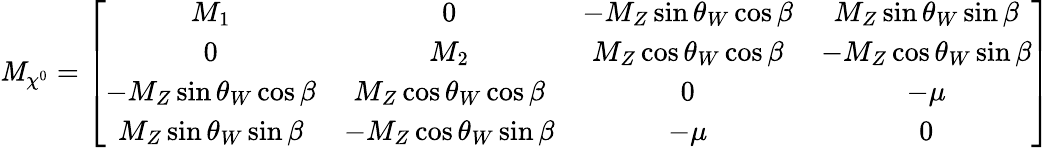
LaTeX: {\cal\mathit{M}}_{\chi^{0}}=\left[\begin{array}{cccc}{{M_{1}}}&{{0}}&{{-M_{Z}\sin\theta_{W}\cos\beta}}&{{M_{Z}\sin\theta_{W}\sin\beta}}\\ {{0}}&{{M_{2}}}&{{M_{Z}\cos\theta_{W}\cos\beta}}&{{-M_{Z}\cos\theta_{W}\sin\beta}}\\ {{-M_{Z}\sin\theta_{W}\cos\beta}}&{{M_{Z}\cos\theta_{W}\cos\beta}}&{{0}}&{{-\mu}}\\ {{M_{Z}\sin\theta_{W}\sin\beta}}&{{-M_{Z}\cos\theta_{W}\sin\beta}}&{{-\mu}}&{{0}}\end{array}\right]